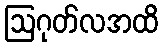
ဩဂုတ်လအထိ